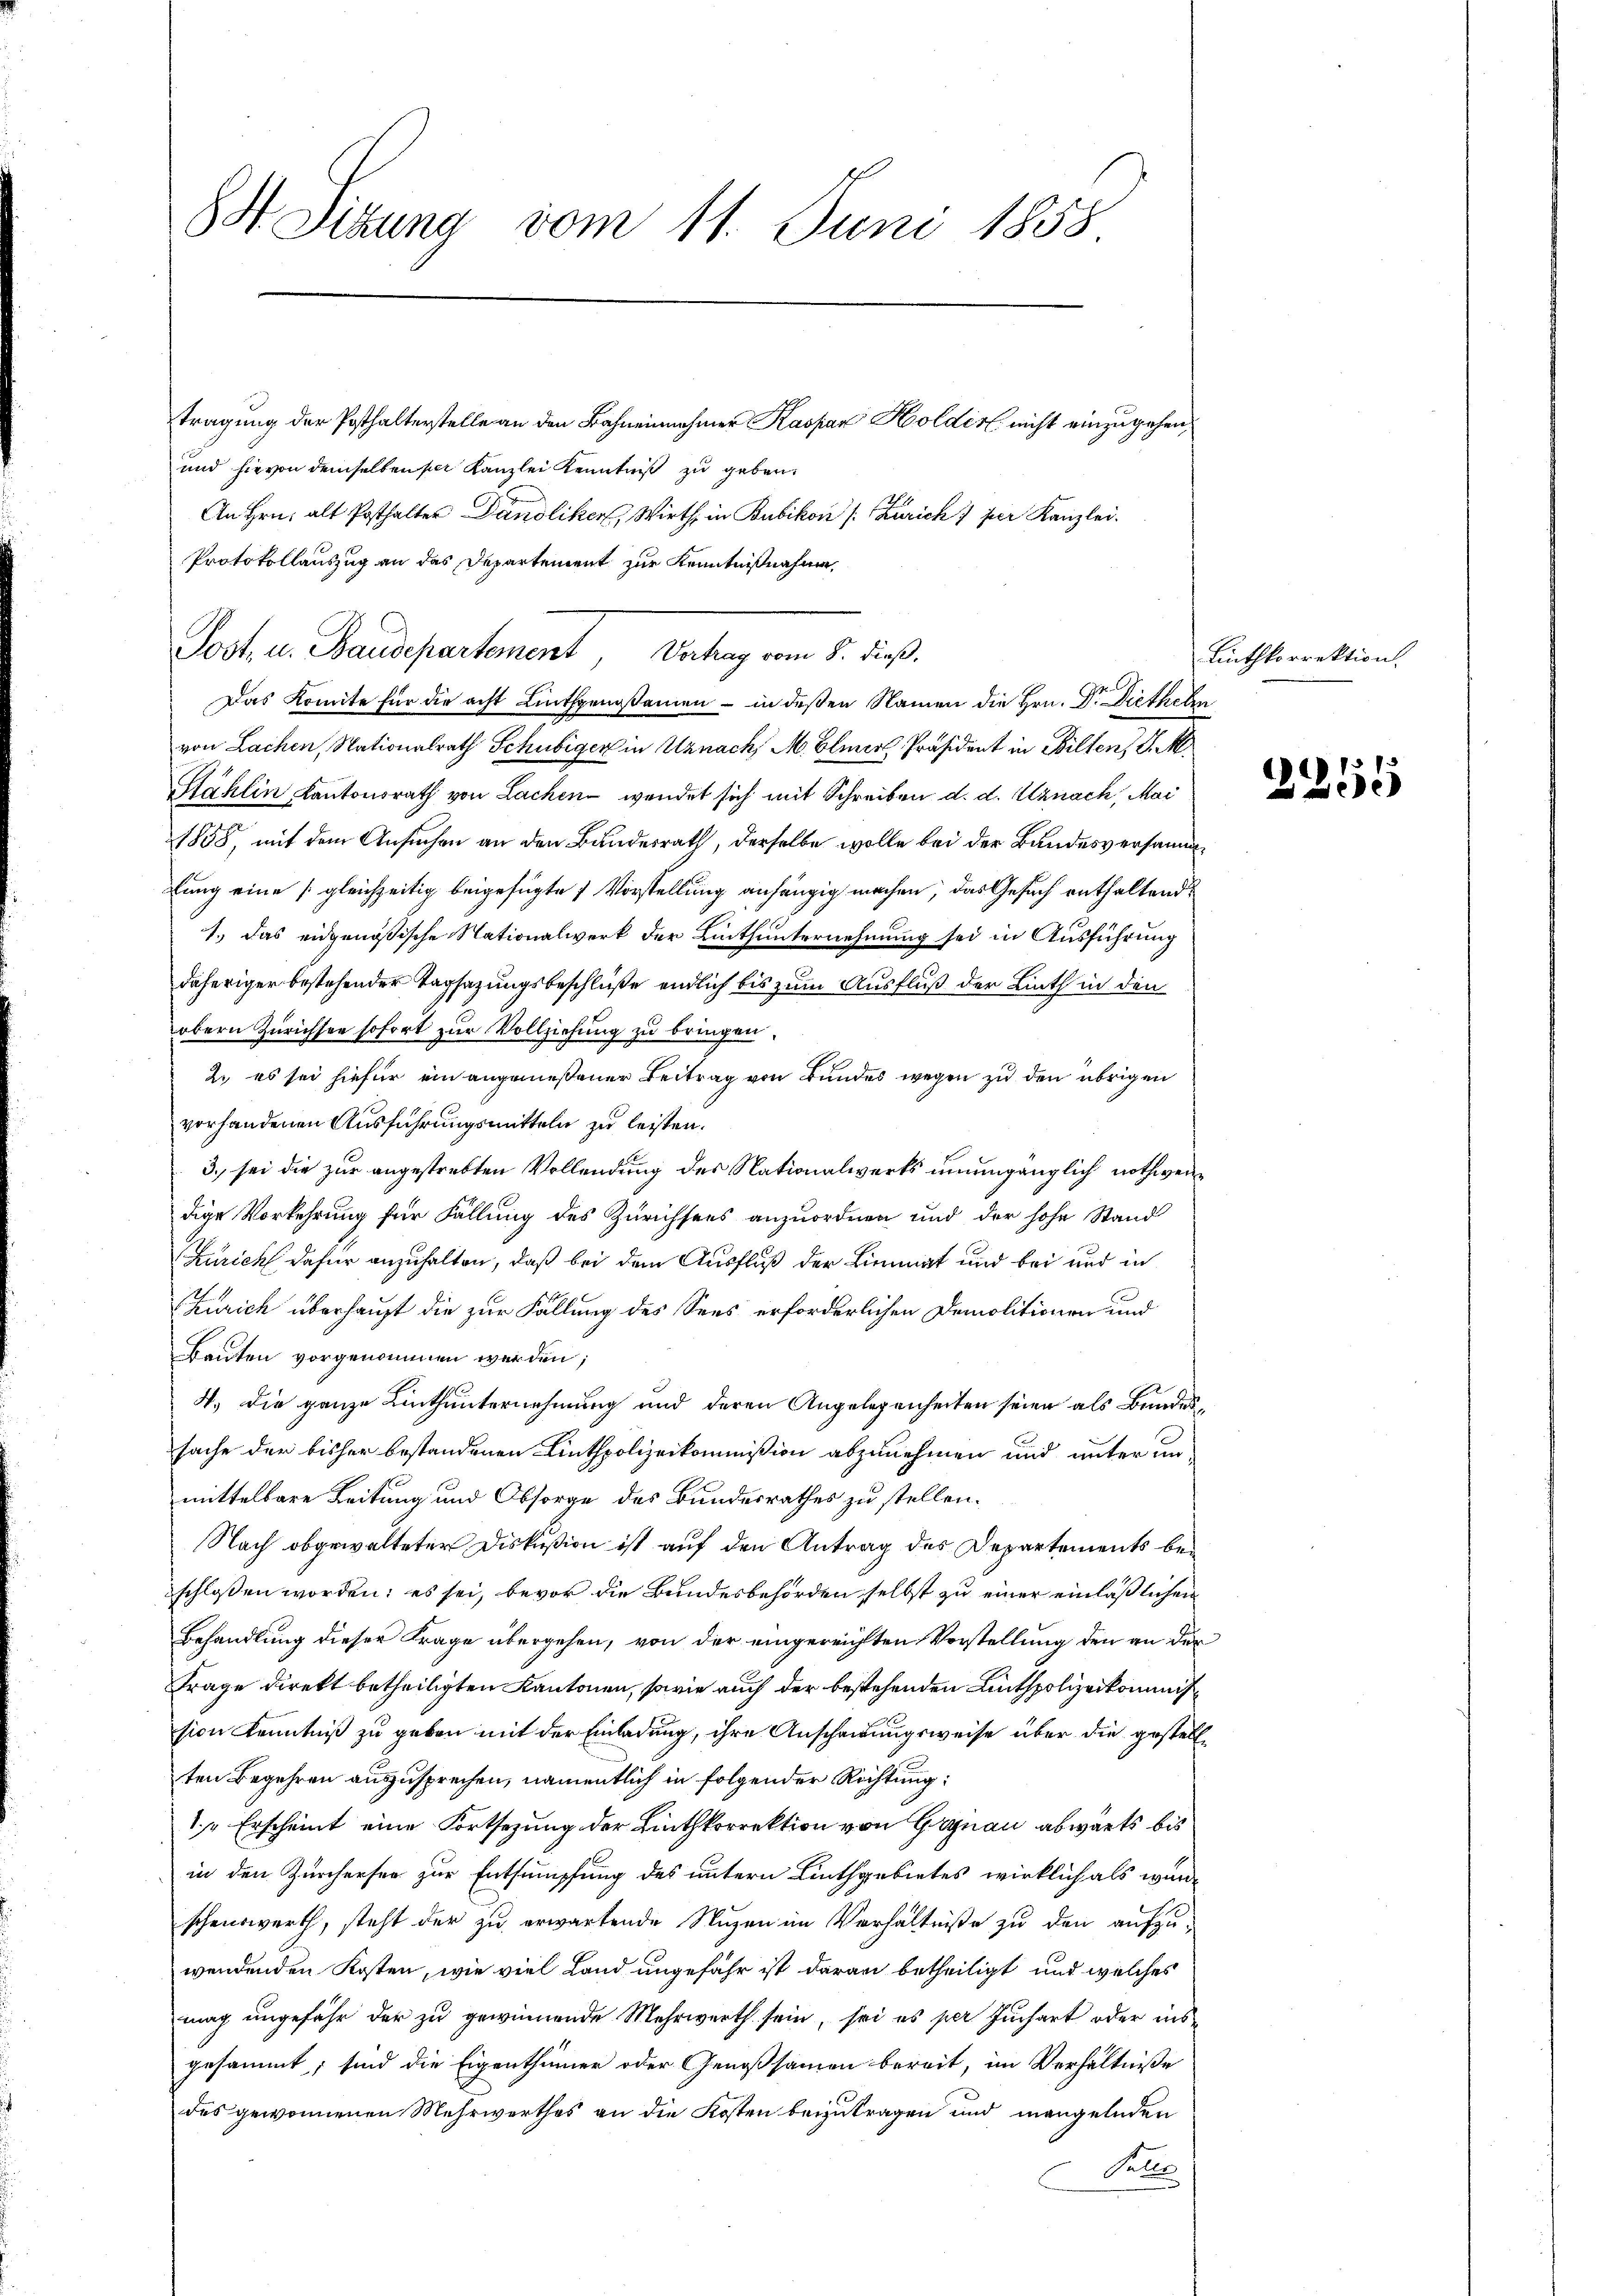
8 Sitzung vom 11. Juni 1858.

tragung der Posthalterstelle an den Bahnennehmer Kaspar Holdes nicht einzugehen,
und hievon demselben sei Kanzlei Kenntniß zu geben.
An Hrn. alt Posthalter Danoliker, Wirth in Bubikon (: Zürich 1 per Kanzlei.
Protokollauszug an das Departement zur Kenntnißnahme,
Das Komite für die acht Linthgenoßamen - in deßen Namen die Hrn. Dr. Diethelm
von Lachen, Nationalrath Schubiger in Uznach, M. Elmer, Präsident in Bilten, Sek
Stählin Kantonsrath von Lachen wendet sich mit Schreiben d. d. Uznach, Mai
1858, mit dem Ansuchen an den Bundesrath, derselbe wolle bei der Bandesversammlung eine gleichzeitig beigefügte 7 Vorstellung anhängig machen, das Gesuch enthaltende
1., das eidgenößische Nationalwerk der Linthunternehmung sei in Ausführung
daheriger bestehender Tagsazungsbeschlüße endlich bis zum Ausfluß der Linth in den
obern Zürichsee sofort zur Vollziehung zu bringen.
2. es sei hiefür ein angemeßener Beitrag von Bundes wegen zu den übrigen
vorhandenen Ausführungsmitteln zu leisten.
3. sei die zur angestrebten Vollendung des Nationalwerks unumgänglich nothwendige Vorkehrung für Fällung des Zürichsees anzuordnen und der hohe Stand
Kurich dafür anzuhalten, daß bei dem Ausfluß der Limmat und bei und in
Churich überhaupt die zur Fallung des Sees erforderlichen Demolitionen und
Bauten vorgenommen werden;
4. Die ganze Linthunternehmung und deren Angelegenheiten seien als Bundessache der bisher bestandenen Linthpolizeikommißion abzunehmen und unter unmittelbare Leitung und Obsorge des Bundesrathes zu stellen.
Nach obgewalteter Diskußion ist auf den Antrag des Departements beschlossen worden; es sei, bevor die Bundesbehörden selbst zu einer einläßlichen
Behandlung dieser Frage übergehen, von der eingereichten Vorstellung den an der
Frage direkt betheiligten Kantonen, sowie auch der bestehenden Anthpolizeikommission Kenntniß zu geben mit der Einladung, ihre Anscheidungsweise über die gestellten Begehren auszusprechen, namentlich in folgender Richtung:
1 Erscheint eine Fortsezung der Linthkorrektion von Grynau abwärts bis
in den Zürcherher zur Entsumpfung des untern Linthgebietes wirklich als würschenswerth, steht der zu erwartende Nuzen im Verhältniße zu den aufzu-
wendenden Kosten, wie viel Land ungefähr ist daran betheiligt und welches
mag ungefähr der zu gewinnende Mehrwerth sein, sei es per Juchart oder insgesammt; sind die Eigenthümer oder Genossamen bereit, im Verhältnisse
des gewonnenen Mehrwerthes an die Kosten beizutragen und mangelnden
Felbe

Post u. Baudepartement, Vatung vom 1. dieß.

Linthkorrektion.

2255